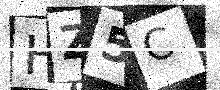
Text: HZ5C